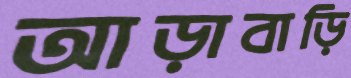
আড়াবাড়ি